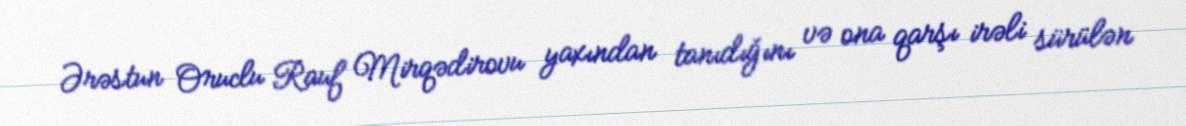
Ərəstun Oruclu Rauf Mirqədirovu yaxından tanıdığını və ona qarşı irəli sürülən